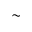
\sim